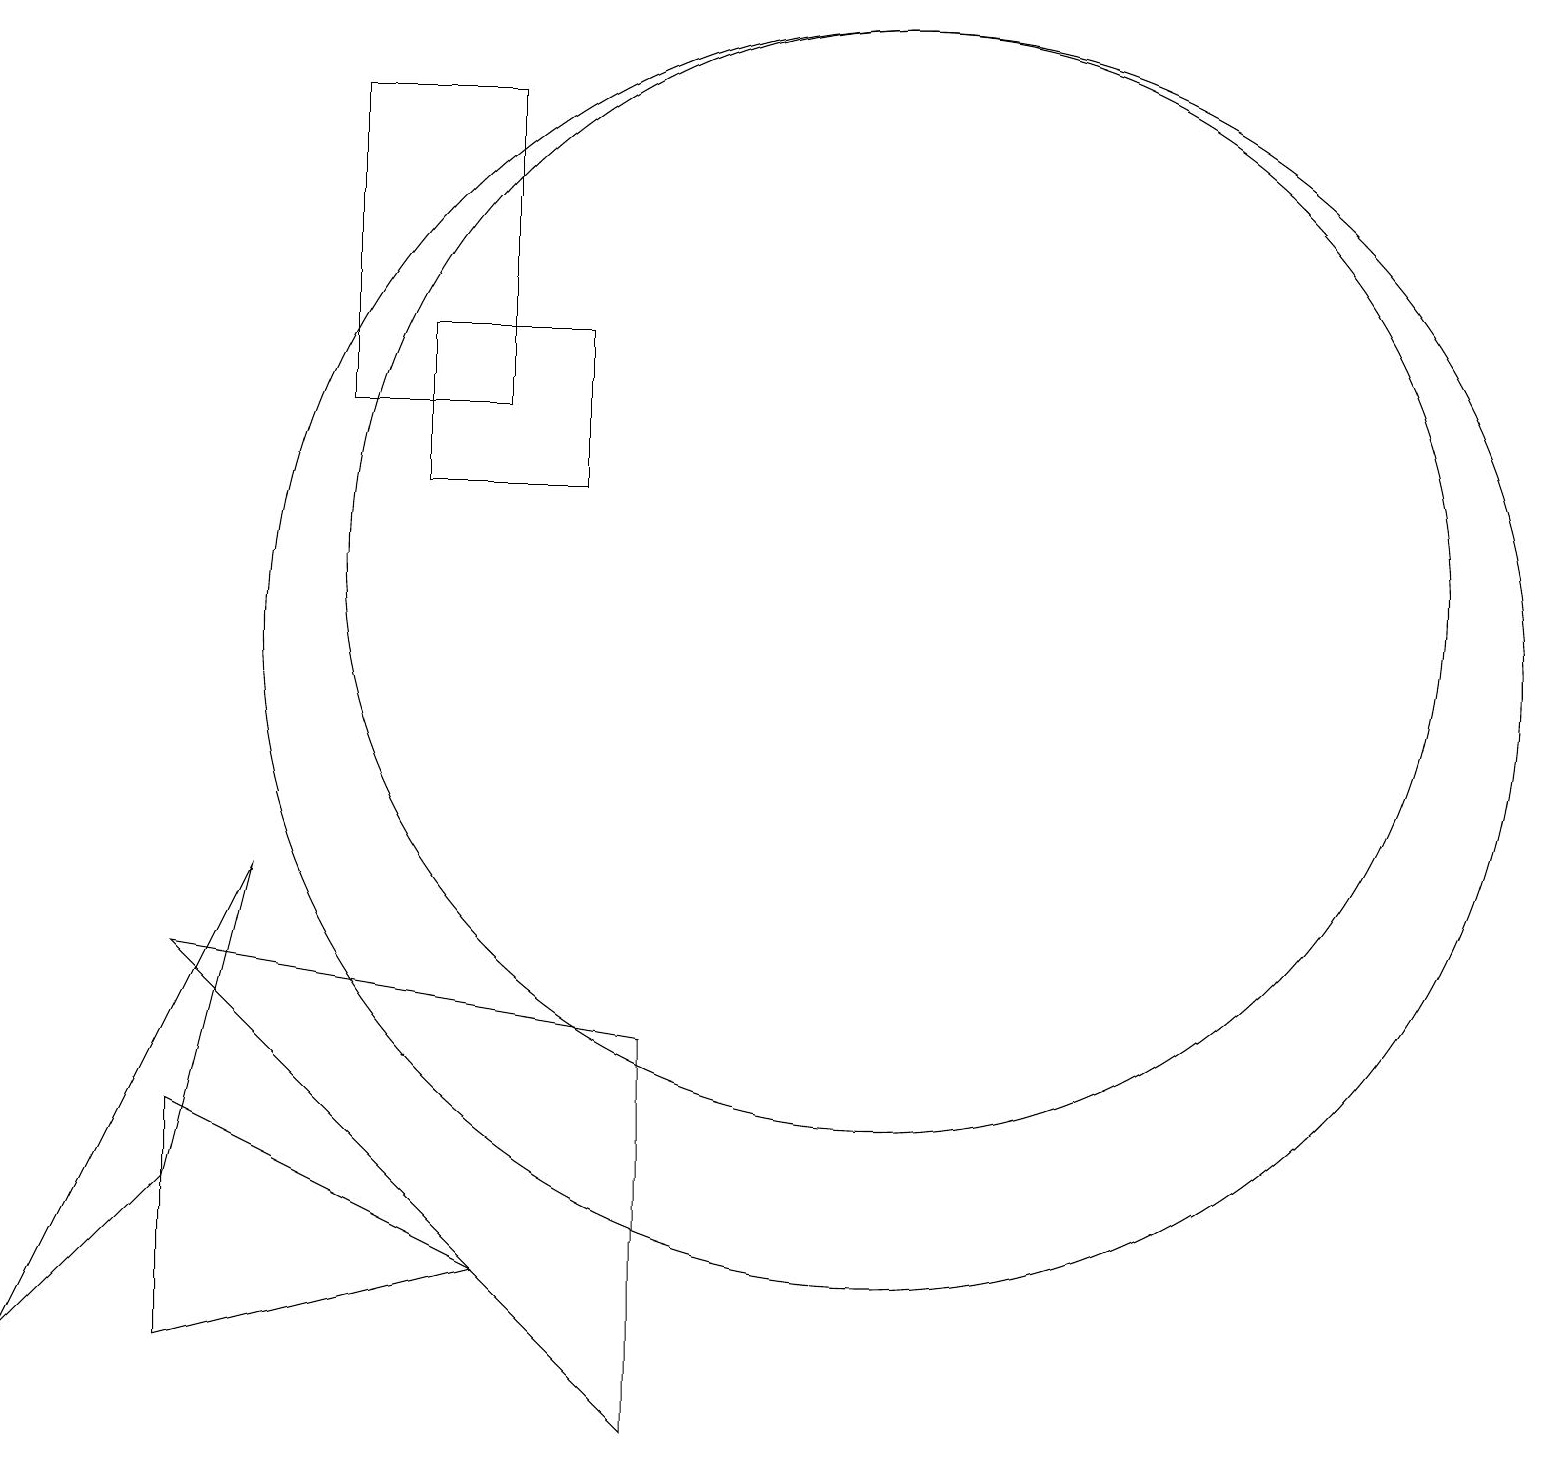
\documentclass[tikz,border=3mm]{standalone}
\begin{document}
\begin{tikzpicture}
\draw (7,15) rectangle (5,13);
\draw (11,12) circle (7);
\draw (11,11) circle (8);
\draw (2,4) -- (0,2) -- (3,8) -- cycle;
\draw (2,2) -- (2,5) -- (6,3) -- cycle;
\draw (6,14) rectangle (4,18);
\draw (8,6) -- (2,7) -- (8,1) -- cycle;
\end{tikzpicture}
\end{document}